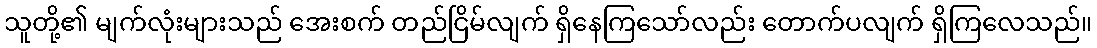
သူတို့၏ မျက်လုံးများသည် အေးစက် တည်ငြိမ်လျက် ရှိနေကြသော်လည်း တောက်ပလျက် ရှိကြလေသည်။